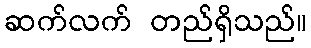
ဆက်လက် တည်ရှိသည်။